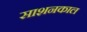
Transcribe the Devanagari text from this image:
साशनकाल